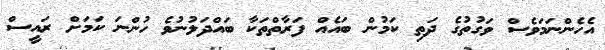
އެހެންނަމަވެސް ވަގުތުގެ ދަތި ކަމުން ބައެއް ފަރާތްތަކާ ބައްދަލުނުވެ ހުންނަ ކަމަށް ރައީސް